Civil Veterinary Department Bihar & Orissa reports 1911-21 - 1911-1921
Year: 1911
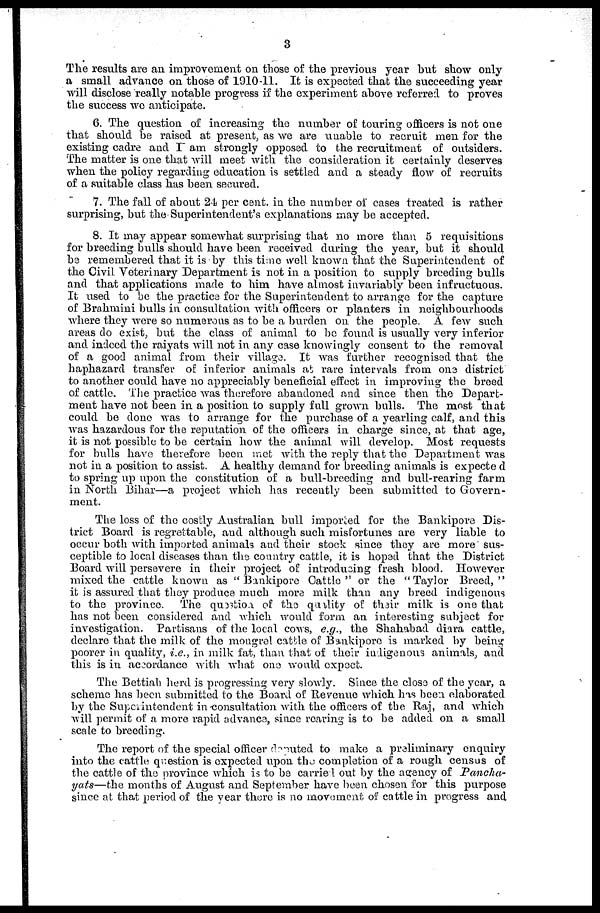
3
The results are an improvement on those of the previous year but show only
a small advance on those of 1910-11. It is expected that the succeeding year
will disclose really notable progress if the experiment above referred to proves
the success wo anticipate.
6. The question of increasing the number of touring officers is not one
that should be raised at present, as we are unable to recruit men for the
existing cadre and I am strongly opposed to the recruitment of outsiders.
The matter is one that will meet with the consideration it certainly deserves
when the policy regarding education is settled and a steady flow of recruits
of a suitable class has been secured.
7. The fall of about 24 per cent. in the number of cases treated is rather
surprising, but the Superintendent's explanations may be accepted.
8. It may appear somewhat surprising that no more than 5 requisitions
for breeding bulls should have been received during the year, but it should
be remembered that it is by this time well known that the Superintendent of
the Civil Veterinary Department is not in a position to supply breeding bulls
and that applications made to him have almost invariably been infructuous.
It used to be the practice for the Superintendent to arrange for the capture
of Brahmini bulls in consultation with officers or planters in neighbourhoods
where they were so numerous as to be a burden on the people. A few such
areas do exist, but the class of animal to be found is usually very inferior
and indeed the raiyats will not in any case knowingly consent to the removal
of a good animal from their village. It was further recognised that the
haphazard transfer of inferior animals at rare intervals from one district
to another could have no appreciably beneficial effect in improving the breed
of cattle. The practice was therefore abandoned and since then the Depart-
ment have not been in a position to supply full grown bulls. The most that
could be done was to arrange for the purchase of a yearling calf, and this
was hazardous for the reputation of the officers in charge since, at that age,
it is not possible to be certain how the animal will develop. Most requests
for bulls have therefore been met with the reply that the Department was
not in a position to assist. A healthy demand for breeding animals is expected
to spring up upon the constitution of a bull-breeding and bull-rearing farm
in Worth Bihar—a project which has recently been submitted to Govern-
ment.
The loss of the costly Australian bull imported for the Bankipore Dis-
trict Board is regrettable, and although such misfortunes are very liable to
occur both with imported animals and their stock since they are more sus-
ceptible to local diseases than the country cattle, it is hoped that the District
Board will persevere in their project of introducing fresh blood. However
mixed the cattle known as "Bankipore Cattle " or the "Taylor Breed,"
it is assured that they produce much more milk than any breed indigenous
to the province The question of the quality of their milk is one that
has not been considered and which would form an interesting subject for
investigation. Partisans of the local cows, e.g., the Shahabad diara cattle,
declare that the milk of the mongrel cattle of Bankipore is marked by being
poorer in quality, i.e., in milk fat, than that of their indigenous animals, and
this is in accordance with what one would expect.
The Bettiah herd is progressing very slowly. Since the close of the year, a
scheme has been submitted to the Board of Revenue which has been elaborated
by the Superintendent in consultation with the officers of the Raj, and which
will permit of a more rapid advance, since roaring is to be added on a small
scale to breeding.
The report of the special officer deputed to make a preliminary enquiry
into the cattle question is expected upon the completion of a rough census of
the cattle of the province which is to be carried out by the agency of Pancha-
yats—the months of August and September have been chosen for this purpose
since at that period of the year there is no movement of cattle in progress and